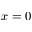
x = 0